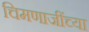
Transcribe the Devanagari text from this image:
चिमणाजींच्या